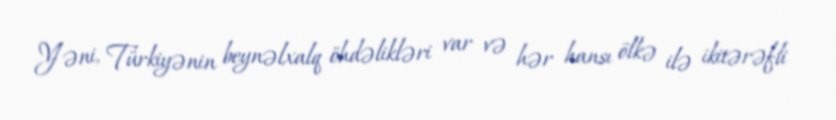
Yəni, Türkiyənin beynəlxalq öhdəlikləri var və hər hansı ölkə ilə ikitərəfli